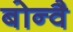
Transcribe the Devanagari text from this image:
बोन्वै